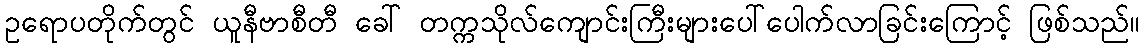
ဥရောပတိုက်တွင် ယူနီဗာစီတီ ခေါ် တက္ကသိုလ်ကျောင်းကြီးများပေါ်ပေါက်လာခြင်းကြောင့် ဖြစ်သည်။